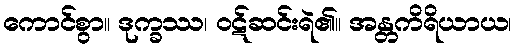
ကောင်စွာ။ ဒုက္ခဿ၊ ဝဋ်ဆင်းရဲ၏။ အန္တကိရိယာယ၊